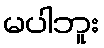
မပါဘူး